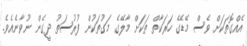
އެއްގޮތަކަށް ވެސް މޭޑޭގެ ހަރަކާތް ތަކަށް މާލޭގެ މަގުތަކުން ފުރުސަތު ދީގެން ނުވާނެއެވެ.